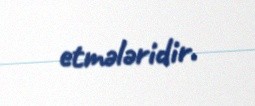
etmələridir.